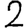
Digit: 2